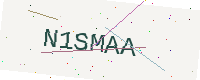
Text: N1SMAA